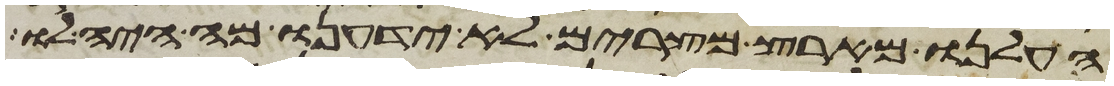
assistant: העלנו מארץ מצרים לא ידענו מה היה לו